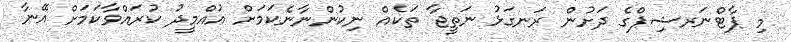
މި ޕާޓްނަރޝިޕްގެ ދަށުން ރަނގަޅު ނަތީޖާ ތަކެއް ނިކުންނާނެކަމަށް އުއްމީދު ކުރައްވާކަމަށް އޭނާ